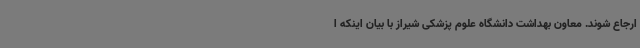
ارجاع شوند. معاون بهداشت دانشگاه علوم پزشکی شیراز با بیان اینکه ا